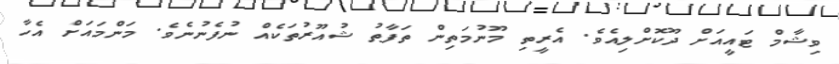
ވިޝާމް ޓައީއަށް ދޫކޮށްލިއެވެ. އެރީތި މޫނުމަތިން ތަފާތު ޝުއޫރުތަކެއް ނުފެނުނެވެ. މަންމައަށް އެހާ